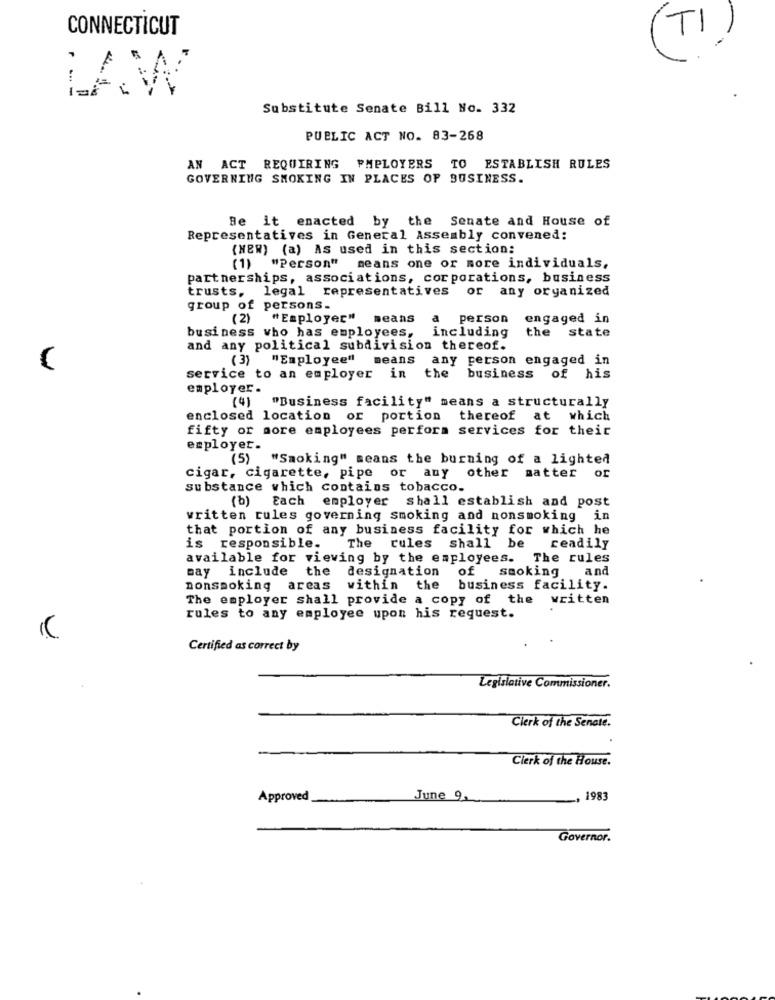
CONNECTICUT
TI
LAW
Substitute Senate Bill No. 332
PUBLIC ACT NO. 83-268
AN ACT REQUIRING PMPLOYERS TO ESTABLISH RULES
GOVERNING SMOKING IN PLACES OF BUSINESS.
Be it enacted by the Senate and House of
Representatives in General Assembly convened:
(NEW) (a) As used in this section:
(1) "Person" means one or more individuals,
partnerships, associations, corporations, business
trusts, legal representatives or any organized
group of persons.
(2) "Employer"
means
a
person
engaged in
including
the state
business who has employees,
and any political subdivision thereof.
(3) "Employee"
means any person engaged in
service to an employer in
the
business
of
his
employer .
(4) "Business facility" means a structurally
enclosed location or portion
thereof at which
fifty or more employees perform services for their
employer.
(5)
"Smoking" means the burning of a lighted
cigar, cigarette, pipe or any other matter or
substance which contains tobacco.
(b) Each
employer shall establish and post
written rules governing smoking and nonsmoking in
that portion of any business facility for which he
is responsible.
The rules shall be
readily
available for viewing by the employees. The rules
may include the
designation
of smoking
and
nonsmoking areas
within the business facility.
The employer shall provide a copy of the written
rules to any employee upon his request.
Certified as correct by
Legislative Commissioner.
Clerk of the Senate.
Clerk of the House.
Approved
June 9.
, 1983
Governor.